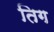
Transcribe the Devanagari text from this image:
तिग